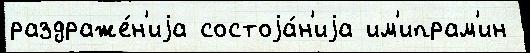
раздраже́н'иjа состоjа́н'иjа им'ипрам'ин